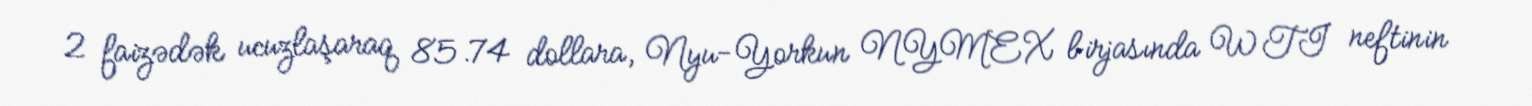
2 faizədək ucuzlaşaraq 85.74 dollara, Nyu-Yorkun NYMEX birjasında WTI neftinin